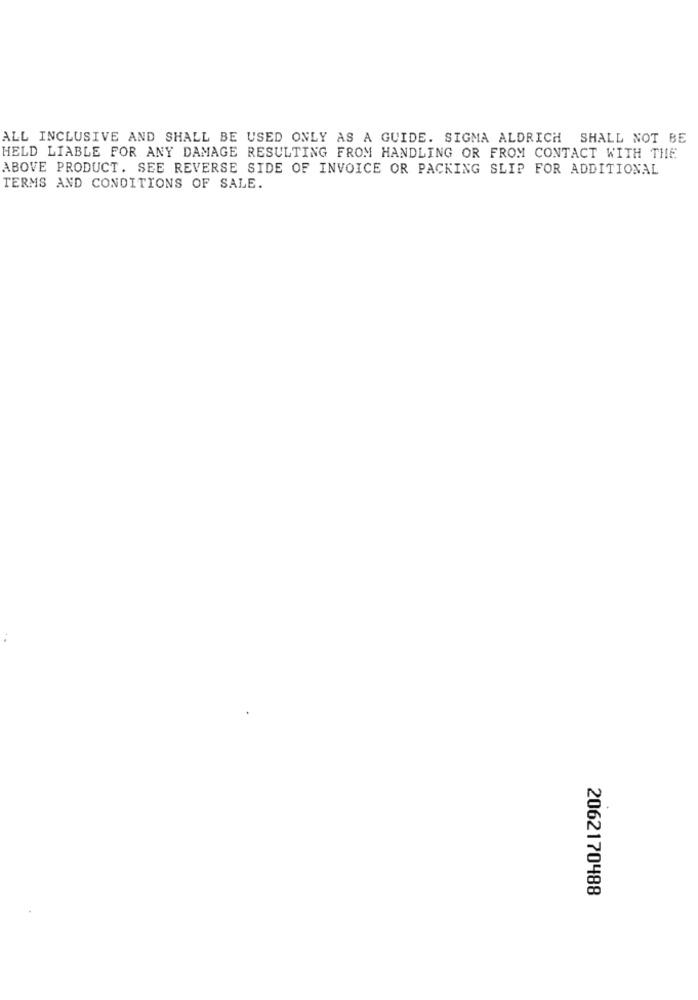
ALL INCLUSIVE AND SHALL BE USED ONLY AS A GUIDE. SIGMA ALDRICH SHALL NOT BE
HELD LIABLE FOR ANY DAMAGE RESULTING FROM HANDLING OR FROM CONTACT WITH THE
ABOVE PRODUCT. SEE REVERSE SIDE OF INVOICE OR PACKING SLIP FOR ADDITIONAL
TERMS AND CONDITIONS OF SALE.
2062170488